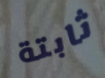
ثابتة